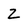
Character: 2